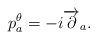
\begin{align*}p^{\theta}_a = -i\overrightarrow{\partial}_a.\end{align*}